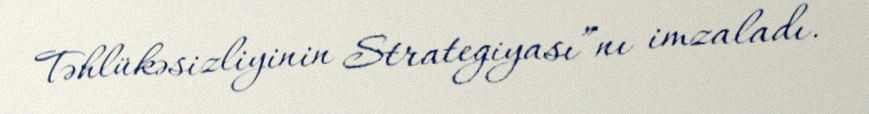
Təhlükəsizliyinin Strategiyası”nı imzaladı.